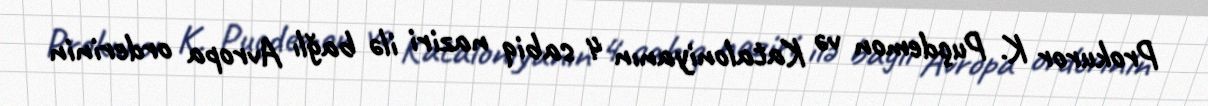
Prokuror K. Puçdemon və Kataloniyanın 4 sabiq naziri ilə bağlı Avropa orderinin